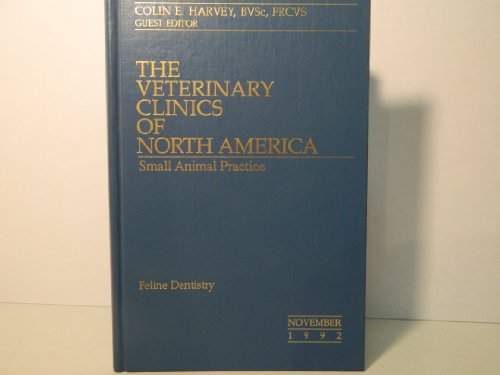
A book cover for Feline Dentistry (Veterinary Clinics of North America - Small Animal Practice, Vol. 22, No. 6 - November 1992); Colin E.  BVSc, FRCVS Harvey; Medical Books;